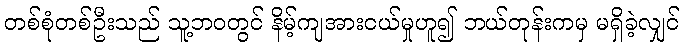
တစ်စုံတစ်ဦးသည် သူ့ဘဝတွင် နိမ့်ကျအားငယ်မှုဟူ၍ ဘယ်တုန်းကမှ မရှိခဲ့လျှင်